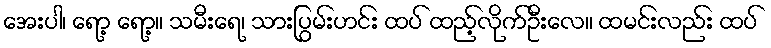
အေးပါ၊ ရော့ ရော့။ သမီးရေ၊ သားပြွမ်းဟင်း ထပ် ထည့်လိုက်ဦးလေ။ ထမင်းလည်း ထပ်